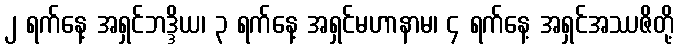
၂ ရက်နေ့ အရှင်ဘဒ္ဒိယ၊ ၃ ရက်နေ့ အရှင်မဟာနာမ၊ ၄ ရက်နေ့ အရှင်အဿဇိတို့